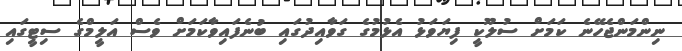
ނިންމަންޖެހޭނެ ކަމަށް ސުލޫކީ ފިޔަވަޅު އެޅުމުގެ ގަވާއިދުގައި ބުނެފައިވާކަމަށް ވެސް އަލީމްގެ ސިޓީގައި